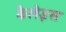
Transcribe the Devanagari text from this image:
कैलेइस